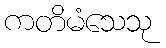
ကတိမံသေသု